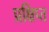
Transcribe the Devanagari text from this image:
प्रक्षिप्‍त